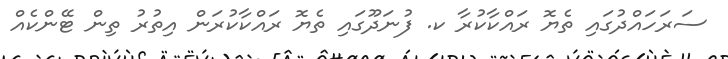
ސަރަހައްދުގައި ތެޔޮ ރައްކާކުރާ ކ. ފުނަދޫގައި ތެޔޮ ރައްކާކުރަން އިތުރު ތިން ޓޭންކެއް